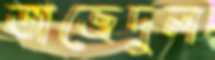
তাজেদুল